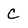
Character: C